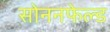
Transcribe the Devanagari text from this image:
सोननफेल्ड